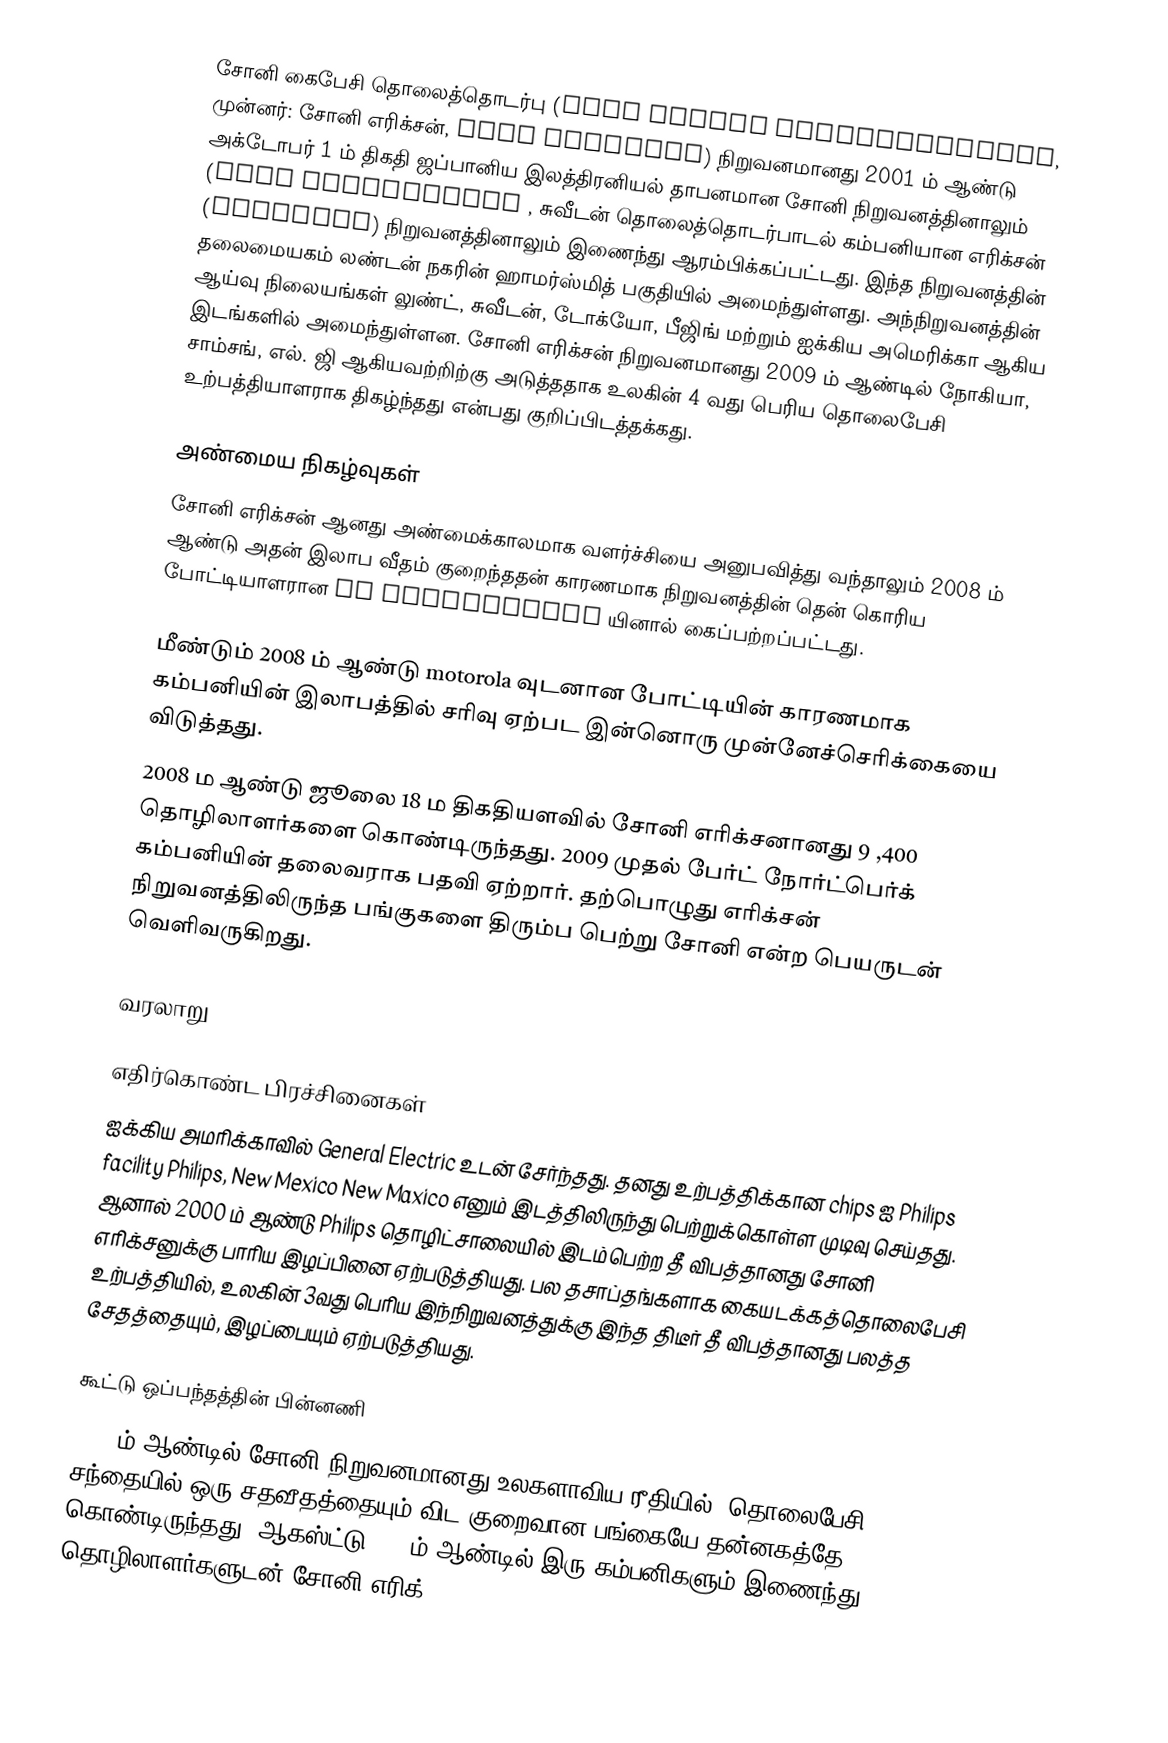
சோனி கைபேசி தொலைத்தொடர்பு (Sony Mobile Communications, முன்னர்: சோனி எரிக்சன், Sony Ericsson) நிறுவனமானது 2001 ம் ஆண்டு அக்டோபர் 1 ம் திகதி ஜப்பானிய இலத்திரனியல் தாபனமான சோனி நிறுவனத்தினாலும் (Sony corporation , சுவீடன் தொலைத்தொடர்பாடல் கம்பனியான எரிக்சன் (Ericsson) நிறுவனத்தினாலும் இணைந்து ஆரம்பிக்கப்பட்டது. இந்த நிறுவனத்தின் தலைமையகம் லண்டன் நகரின் ஹாமர்ஸ்மித் பகுதியில் அமைந்துள்ளது. அந்நிறுவனத்தின் ஆய்வு நிலையங்கள் லுண்ட், சுவீடன், டோக்யோ, பீஜிங் மற்றும் ஐக்கிய அமெரிக்கா ஆகிய இடங்களில் அமைந்துள்ளன. சோனி எரிக்சன் நிறுவனமானது 2009 ம் ஆண்டில் நோகியா, சாம்சங், எல். ஜி ஆகியவற்றிற்கு அடுத்ததாக உலகின் 4 வது பெரிய தொலைபேசி உற்பத்தியாளராக திகழ்ந்தது என்பது குறிப்பிடத்தக்கது.

அண்மைய நிகழ்வுகள்
சோனி எரிக்சன் ஆனது அண்மைக்காலமாக வளர்ச்சியை அனுபவித்து வந்தாலும் 2008 ம் ஆண்டு அதன் இலாப வீதம் குறைந்ததன் காரணமாக  நிறுவனத்தின் தென் கொரிய போட்டியாளரான LG Electronics யினால் கைப்பற்றப்பட்டது.

மீண்டும் 2008 ம் ஆண்டு motorola வுடனான போட்டியின் காரணமாக கம்பனியின் இலாபத்தில் சரிவு ஏற்பட இன்னொரு முன்னேச்செரிக்கையை விடுத்தது.
2008 ம ஆண்டு ஜூலை 18 ம திகதியளவில்  சோனி எரிக்சனானது 9 ,400 தொழிலாளர்களை கொண்டிருந்தது. 2009 முதல் பேர்ட் நோர்ட்பெர்க் கம்பனியின் தலைவராக பதவி ஏற்றார். தற்பொழுது எரிக்சன் நிறுவனத்திலிருந்த பங்குகளை திரும்ப பெற்று சோனி என்ற பெயருடன் வெளிவருகிறது.

வரலாறு

எதிர்கொண்ட பிரச்சினைகள்
ஐக்கிய அமரிக்காவில்  General Electric உடன் சேர்ந்தது. தனது உற்பத்திக்கான chips ஐ  Philips facility Philips,  New Mexico New Maxico எனும்  இடத்திலிருந்து பெற்றுக்கொள்ள முடிவு செய்தது. ஆனால் 2000  ம் ஆண்டு  Philips தொழிட்சாலையில் இடம்பெற்ற தீ விபத்தானது சோனி எரிக்சனுக்கு பாரிய இழப்பினை ஏற்படுத்தியது. பல தசாப்தங்களாக கையடக்கத்தொலைபேசி உற்பத்தியில், உலகின் 3வது பெரிய இந்நிறுவனத்துக்கு இந்த திடீர் தீ விபத்தானது பலத்த சேதத்தையும், இழப்பையும் ஏற்படுத்தியது.

கூட்டு ஒப்பந்தத்தின் பின்னணி
200௦ ம் ஆண்டில் சோனி நிறுவனமானது உலகளாவிய ரீதியில், தொலைபேசி சந்தையில் ஒரு சதவீதத்தையும் விட குறைவான பங்கையே தன்னகத்தே கொண்டிருந்தது. ஆகஸ்ட்டு 2001ம் ஆண்டில் இரு கம்பனிகளும் இணைந்து 3500 தொழிலாளர்களுடன் சோனி எரிக்